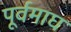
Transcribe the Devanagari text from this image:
पूर्वमाघ